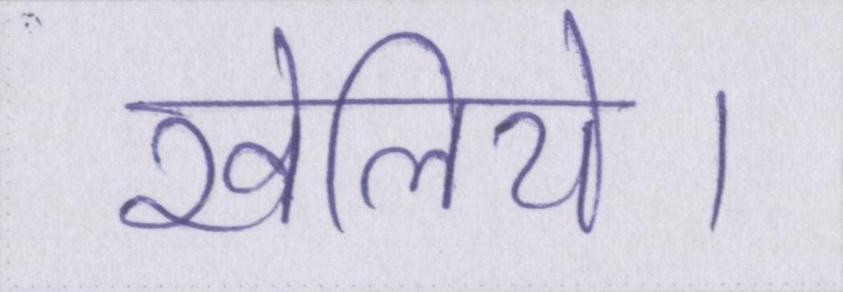
खेलिये।